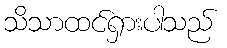
သိသာထင်ရှားပါသည်